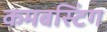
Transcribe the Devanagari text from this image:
कमबस्टिंग